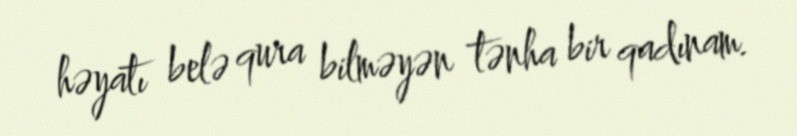
həyatı belə qura bilməyən tənha bir qadınam.